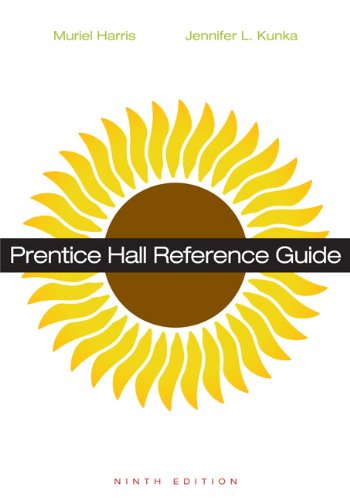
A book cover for Prentice Hall Reference Guide (9th Edition); Muriel G. Harris Professor Emerita; Reference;